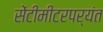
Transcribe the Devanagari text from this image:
सेंटीमीटरपर्यंत